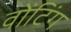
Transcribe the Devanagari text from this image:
वोंटिंग